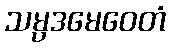
သမ္ပဒမေဝေတံ